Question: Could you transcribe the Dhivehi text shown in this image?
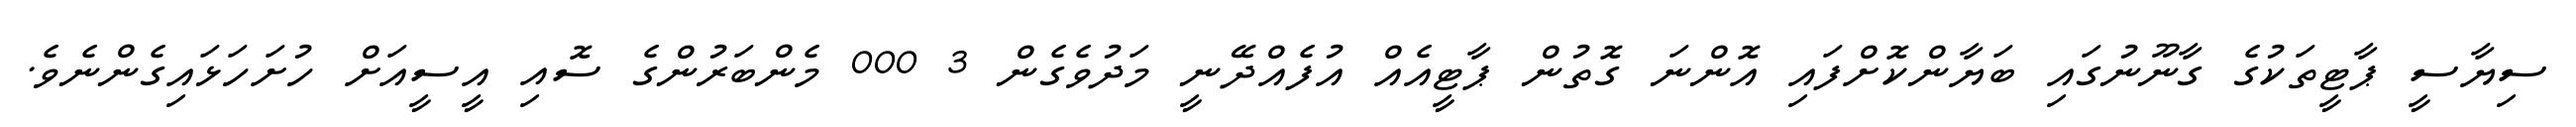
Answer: ސިޔާސީ ޕާޓީތަކުގެ ގާނޫނުގައި ބަޔާންކޮށްފައި އޮންނަ ގޮތުން ޕާޓީއެއް އުފެއްދޭނީ މަދުވެގެން 3 000 މެންބަރުންގެ ސޮއި އީސީއަށް ހުށަހަޅައިގެންނެވެ.